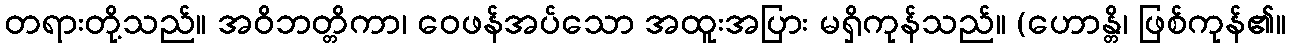
တရားတို့သည်။ အဝိဘတ္တိကာ၊ ဝေဖန်အပ်သော အထူးအပြား မရှိကုန်သည်။ (ဟောန္တိ၊ ဖြစ်ကုန်၏။